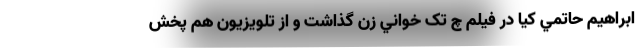
ابراهيم حاتمي کيا در فيلم‌ چ تک خواني زن گذاشت و از تلويزيون هم پخش